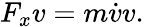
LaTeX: F_{x}v=m{\dot{v}}v.